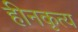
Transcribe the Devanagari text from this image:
हीनकृत्य